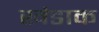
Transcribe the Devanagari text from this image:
खंडाक